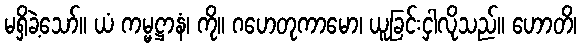
မရှိခဲ့သော်။ ယံ ကမ္မဋ္ဌာနံ၊ ကို။ ဂဟေတုကာမော၊ ယူခြင်းငှါလိုသည်။ ဟောတိ၊